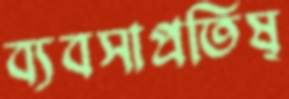
ব্যবসাপ্রতিষ্